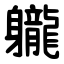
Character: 䡁